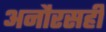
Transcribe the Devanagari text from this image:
अनौरसही